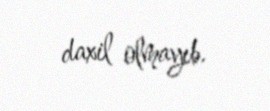
daxil olmayıb.